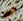
آخر